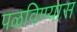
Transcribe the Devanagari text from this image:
पळविण्यास